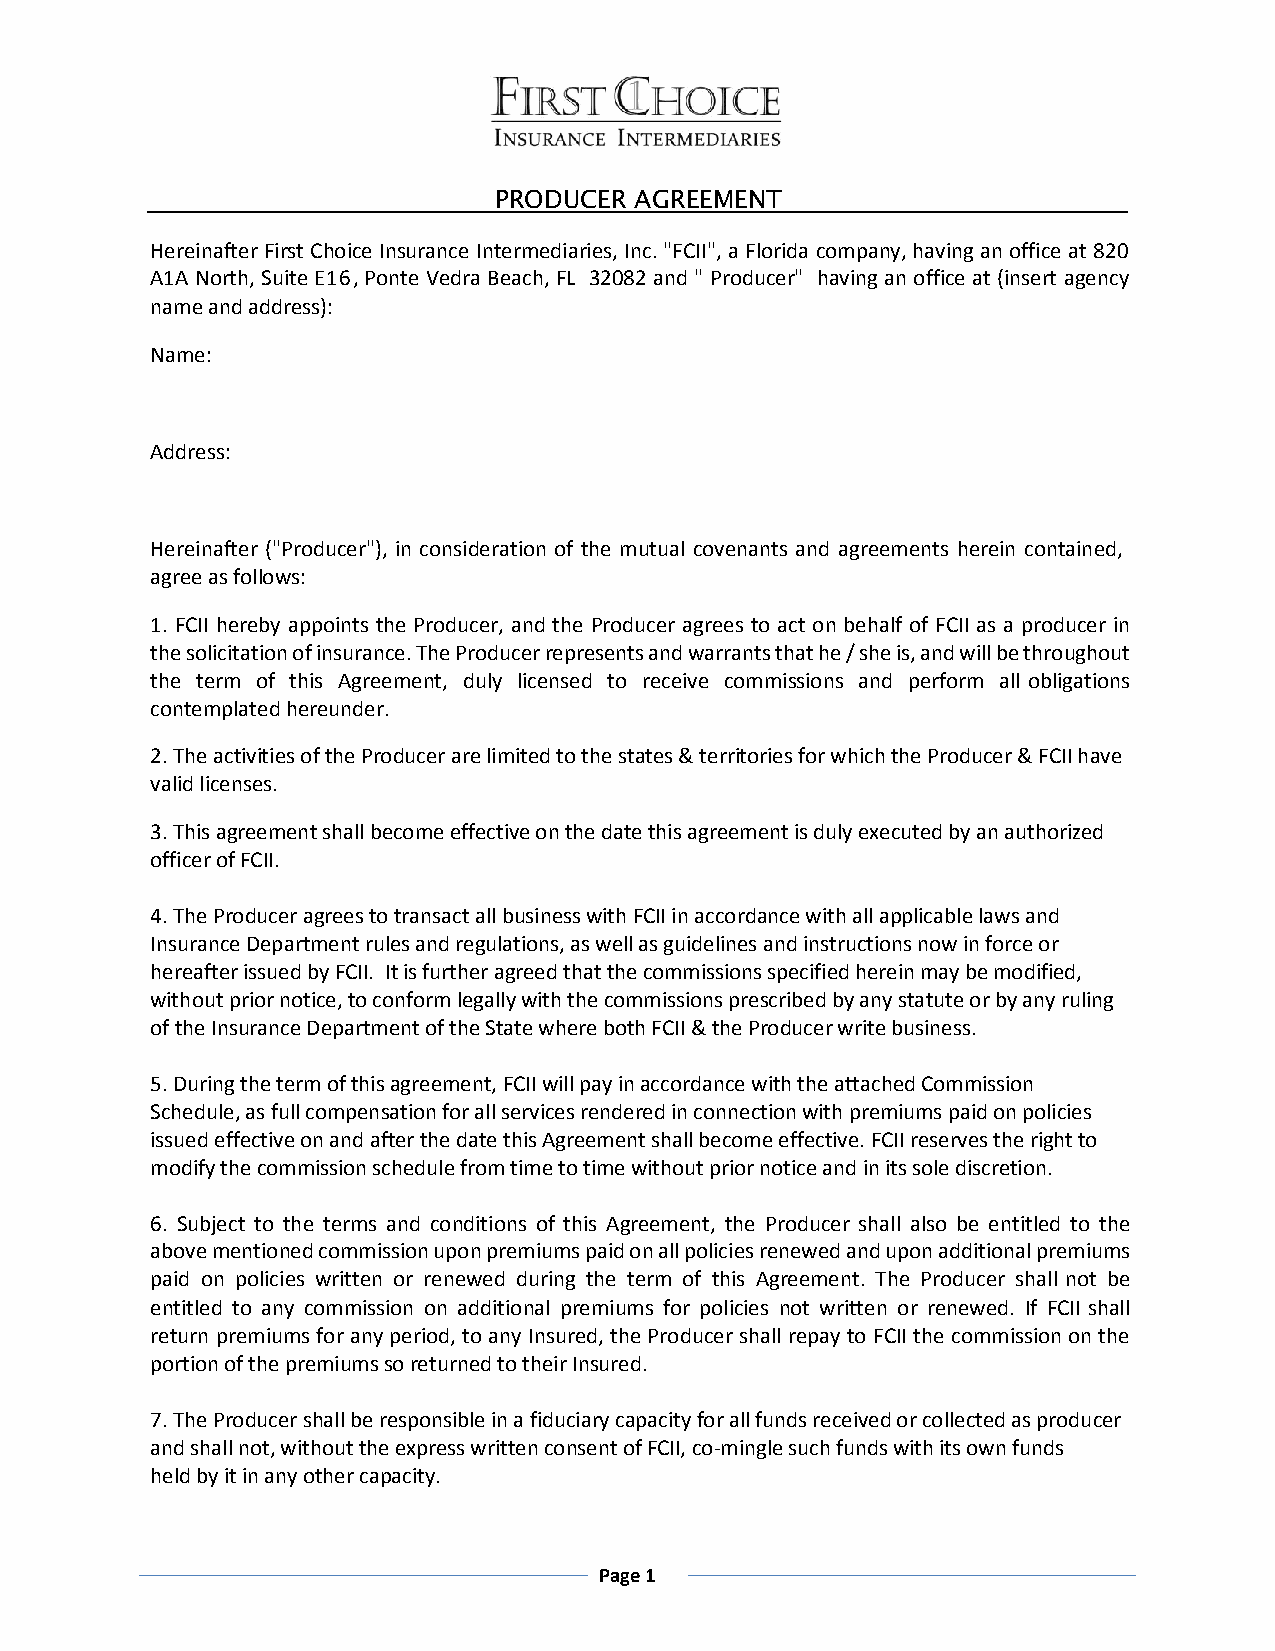
PRODUCER AGREEMENT
 Hereinafter First Choice Insurance Intermediaries, Inc. "FCII", a Florida company, having an office at 820
 A1A North, Suite E16, Ponte Vedra Beach, FL 32082 and " Producer" having an office at (insert agency
 name and address):
 Name:
 Address:
 Hereinafter ("Producer"), in consideration of the mutual covenants and agreements herein contained,
 agree as follows:
 1. FCII hereby appoints the Producer, and the Producer agrees to act on behalf of FCII as a producer in
 the solicitation of insurance. The Producer represents and warrants that he / she is, and will be throughout
 the term of this Agreement, duly licensed to receive commissions and perform all obligations
 contemplated hereunder.
 2. The activities of the Producer are limited to the states & territories for which the Producer & FCII have
 valid licenses.
 3. This agreement shall become effective on the date this agreement is duly executed by an authorized
 officer of FCII.
 4. The Producer agrees to transact all business with FCII in accordance with all applicable laws and
 Insurance Department rules and regulations, as well as guidelines and instructions now in force or
 hereafter issued by FCII. It is further agreed that the commissions specified herein may be modified,
 without prior notice, to conform legally with the commissions prescribed by any statute or by any ruling
 of the Insurance Department of the State where both FCII & the Producer write business.
 5. During the term of this agreement, FCII will pay in accordance with the attached Commission
 Schedule, as full compensation for all services rendered in connection with premiums paid on policies
 issued effective on and after the date this Agreement shall become effective. FCII reserves the right to
 modify the commission schedule from time to time without prior notice and in its sole discretion.
 6. Subject to the terms and conditions of this Agreement, the Producer shall also be entitled to the
 above mentioned commission upon premiums paid on all policies renewed and upon additional premiums
 paid on policies written or renewed during the term of this Agreement. The Producer shall not be
 entitled to any commission on additional premiums for policies not written or renewed. If FCII shall
 return premiums for any period, to any Insured, the Producer shall repay to FCII the commission on the
 portion of the premiums so returned to their Insured.
 7. The Producer shall be responsible in a fiduciary capacity for all funds received or collected as producer
 and shall not, without the express written consent of FCII, co-mingle such funds with its own funds
 held by it in any other capacity.
 Page 1